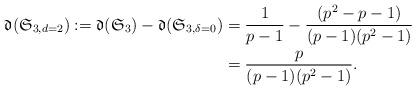
LaTeX: \begin{align*}\frak{d}(\mathfrak{S}_{3,d=2}) :=\frak{d}(\mathfrak{S}_3) - \frak{d}(\mathfrak{S}_{3,\delta=0}) &= \frac{1}{p-1} - \frac{(p^2-p-1)}{(p-1)(p^2-1)}\\& = \frac{p}{(p-1)(p^2-1)}.\end{align*}